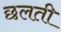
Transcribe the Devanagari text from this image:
छलती